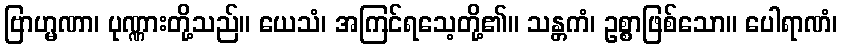
ဗြာဟ္မဏာ၊ ပုဏ္ဏားတို့သည်။ ယေသံ၊ အကြင်ရသေ့တို့၏။ သန္တကံ၊ ဥစ္စာဖြစ်သော။ ပေါရာဏံ၊